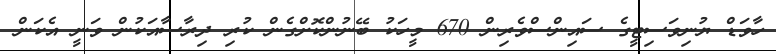
ހާވަޑް ޔުނިވަސިޓީގެ ސައިންސްވެެރިން 670 މީހަކު ބޭނުންކޮށްގެން ކުރި ދިރާސާއަކުން ވަނީ އެކަން